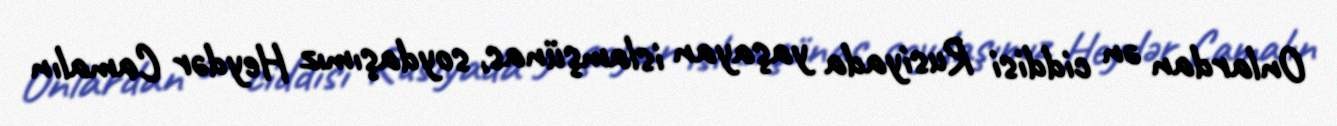
Onlardan ən ciddisi Rusiyada yaşayan islamşünas, soydaşımız Heydər Camalın